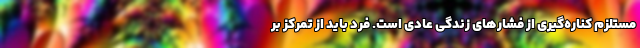
مستلزم کناره‌گیری از فشارهای زندگی عادی است. فرد باید از تمرکز بر